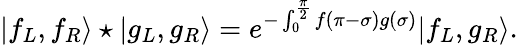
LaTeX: |f_{L},f_{R}\rangle\star|g_{L},g_{R}\rangle=e^{-\int_{0}^{\frac{\pi}{2}}f(\pi-\sigma)g(\sigma)}|f_{L},g_{R}\rangle.